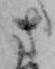
さ